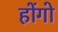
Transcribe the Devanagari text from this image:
होंगो